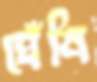
ঘেঁষি